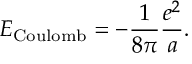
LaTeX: E _ { \mathrm { C o u l o m b } } = - { \frac { 1 } { 8 \pi } } { \frac { e ^ { 2 } } { a } } .